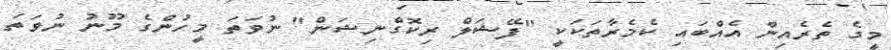
މީގެ ތެރެއިން އެއްބައި ކެމެރާތަކަކީ "ފޭޝަލް ރިކޮގްނިޝަން" ނުވަތަ މީހުންގެ މޫނު ނުވަތަ